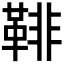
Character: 𩋂